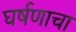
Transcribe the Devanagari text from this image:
घर्षणाचा